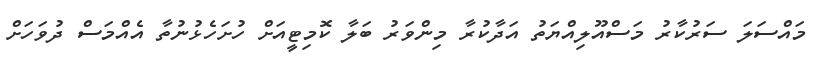
މައްސަލަ ސަރުކާރު މަސްއޫލިއްޔަތު އަދާކުރާ މިންވަރު ބަލާ ކޮމިޓީއަށް ހުށަހެޅުނުތާ އެއްމަސް ދުވަހަށް